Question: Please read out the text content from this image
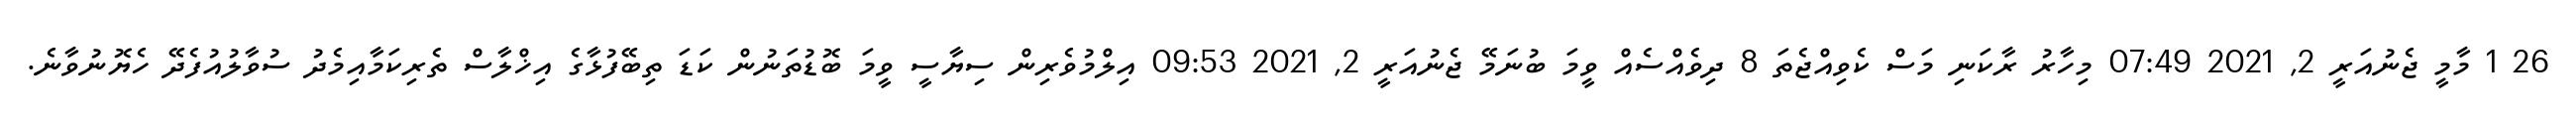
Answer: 26 1 މާމީ ޖެނުއަރީ 2, 2021 07:49 މިހާރު ރާކަނި މަސް ކެވިއްޖެތަ 8 ދިވެއްސެއް ވީމަ ބުނަމޭ ޖެނުއަރީ 2, 2021 09:53 އިލްމުވެރިން ސިޔާސީ ވީމަ ބޮޑުތަނުން ކަޑަ ތިބޭފުޅާގެ އިޚްލާސް ތެރިކަމާއިމެދު ސުވާލުއުފެދޭ ހެޔޮނުވާނެ.